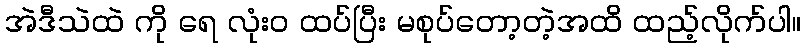
အဲဒီသဲထဲ ကို ရေ လုံး၀ ထပ်ပြီး မစုပ်တော့တဲ့အထိ ထည့်လိုက်ပါ။